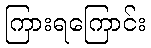
ကြားရကြောင်း